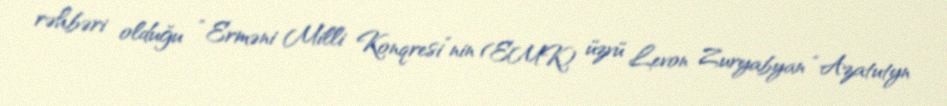
rəhbəri olduğu “Erməni Milli Konqresi”nin (EMK) üzvü Levon Zuryabyan “Azatutyn